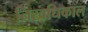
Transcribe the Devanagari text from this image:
निरवधिकाल